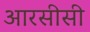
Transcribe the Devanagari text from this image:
आरसीसी